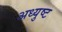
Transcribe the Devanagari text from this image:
अध्युष्ट